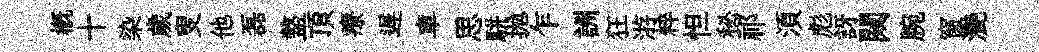
槪十染歲叟他磊盩頂療遅車思駢抛乍詶狂㳺粹怛秘祁湏彪訝闚腕窗灧